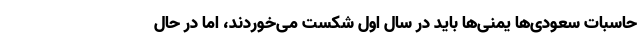
حاسبات سعودی‌ها یمنی‌ها باید در سال اول شکست می‌خوردند، اما در حال